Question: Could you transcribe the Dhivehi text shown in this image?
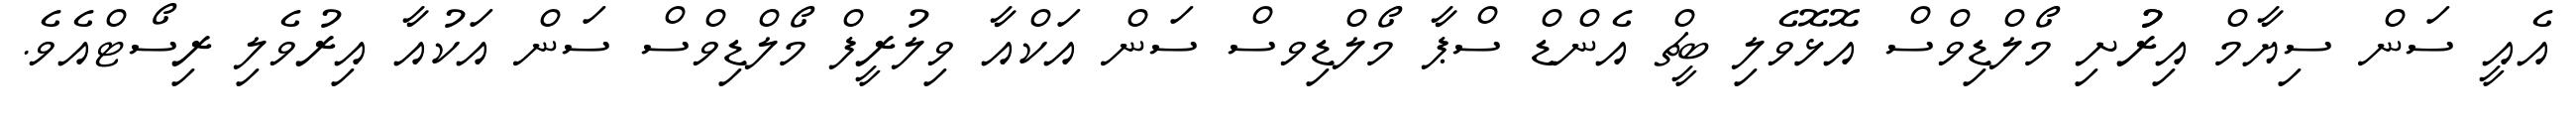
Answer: އެއީ ސަން ސިޔާމް އިރުުށި މޯލްޑިވްސް އޮޅޮވެލި ބީޗް އެންޑް ސްޕާ މޯލްޑިވސް ސަން އަކްއާ ވިލުރީފް މޯލްޑިވްސް ސަން އަކުއާ އިރުވެލި ރިސޯޓްއެވެ.